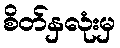
စိတ်နှလုံးမှ